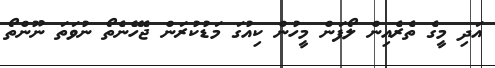
އަދި މީގެ ތެރެއިން ލޯފަން މީހުން ކިއުގަ މަޑުކުރަން ޖެހޭނެތޯ ނުވަތަ ނޫންތޯ